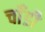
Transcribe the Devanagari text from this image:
चाँडी